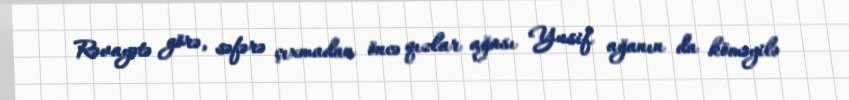
Rəvayətə görə, səfərə çıxmadan öncə qızlar ağası Yusif ağanın da köməyilə